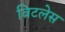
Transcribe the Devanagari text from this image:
विटलेस